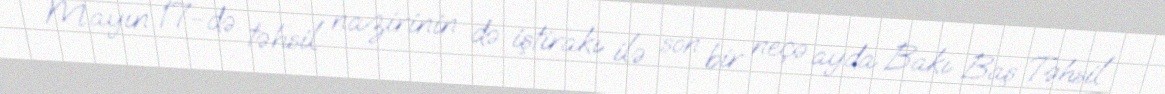
Mayın 17-də təhsil nazirinin də iştirakı ilə son bir neçə ayda Bakı Baş Təhsil